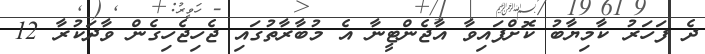
ދެ ފަހަރު ކާމިޔާބު ކޮށްފައިވާ އާޖެންޓީނާ އެ މުބާރާތުގައި ޖެހިޖެހިގެން ވާދަކުރާ 12